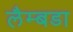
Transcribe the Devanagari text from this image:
लैम्बडा